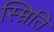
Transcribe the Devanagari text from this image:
स्म्रिति